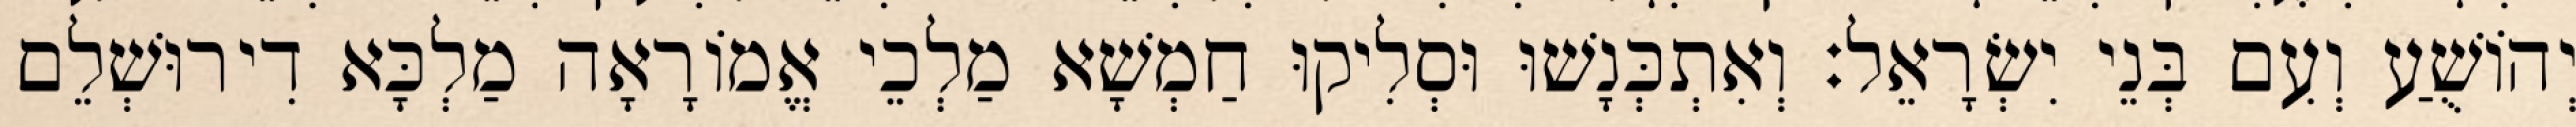
יְהוֹשֻׁעַ וְעִם בְּנֵי יִשְׂרָאֵל׃ וְאִתְכְּנָשׁוּ וּסְלִיקוּ חַמְשָׁא מַלְכֵי אֱמוֹרָאָה מַלְכָּא דִירוּשְׁלֵם